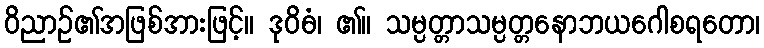
ဝိညာဉ်၏အဖြစ်အားဖြင့်။ ဒုဝိဓံ၊ ၏။ သမ္ပတ္တာသမ္ပတ္တနောဘယဂေါစရတော၊